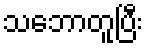
သဘောတူပြီး